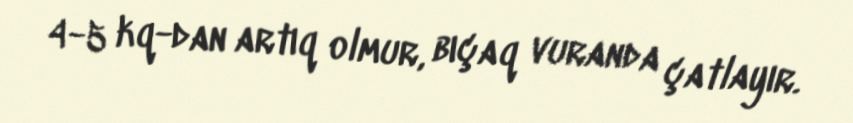
4-5 kq-dan artıq olmur, bıçaq vuranda çatlayır.